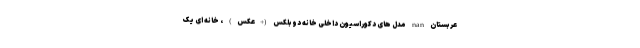
عربستان nan مدل های دکوراسیون داخلی خانه دوبلکس (+عکس) ، خانه ای یک